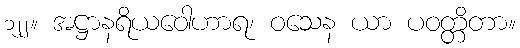
၁၂၂။ အဋ္ဌာနရိယဝေါဟာရ၊ ဝသေန ယာ ပဝတ္တိတာ။